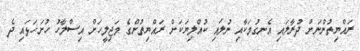
ރައްޔިތުންނަށް ދުރާލައި އެނގުމަކާއި ނުލައި ކުއްލިޔަކަށް ރައްޔިތުންގެ މަޖިލީހަށް އިސްލާހު ހުށަހަޅައި ދެ